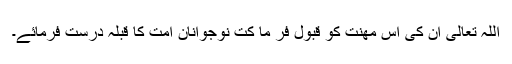
اللہ تعالی ان کی اس مھنت کو قبول فر ما کت نوجوانان امت کا قبلہ درست فرمائے۔